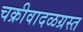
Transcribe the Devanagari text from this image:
चक्रीवादळग्रस्त